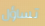
تساؤل